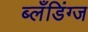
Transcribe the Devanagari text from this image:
ब्लँडिंग्ज